Medical and sanitary report of the native army of Madras for the year
Year: 1876
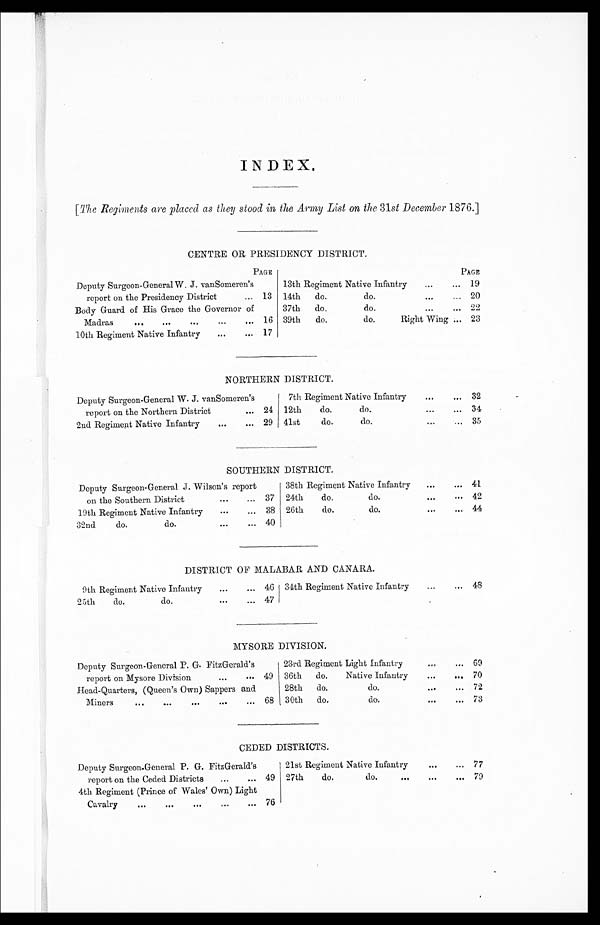
INDEX.
[ The Regiments are placed as they stood in the Army List on the 31st December 1876.]
CENTRE OR PRESIDENCY DISTRICT.
PAGE
PAGE
Deputy Surgeon-General W. J. vanSomeren’s
report on the Presidency District
... 13
13th Regiment Native Infantry ... ...
19
14th
do.
do. ...
...
20
Body Guard of His Grace the Governor of
Madras
...
...
...
... 16
37th
do.
do.
...
22
39th
do.
do.
Right Wing ... 23
10th Regiment Native Infantry
...
... 17
NORTHERN DISTRICT.
Deputy Surgeon-General W. J. vanSomeren’s
report on the Northern District
... 24
7th Regiment Native Infantry
...
... 32
12th
do.
do. ... ...
34
2nd Regiment Native Infantry
...
... 29
41st
do.
do.
...
... 35
SOUTHERN DISTRICT.
Deputy Surgeon-General J. Wilson’s report
on the Southern District
...
... 37
38th Regiment Native Infantry
...
... 41
24th
do.
do.
...
...
42
19th Regiment Native Infantry
...
... 38
26th
do.
do.
...
... 44
32nd
do.
do.
...
... 40
DISTRICT OF MALABAR AND CANARA.
9th Regiment Native Infantry
...
... 46 34th Regiment Native Infantry
...
... 48
25th
do.
do.
...
... 47
MYSORE DIVISION.
Deputy Surgeon-General P. G. FitzGerald’s
report on Mysore Division
...
... 49
23rd Regiment Light Infantry
... 69
36th
do.
Native Infantry
...
...
70
Head-Quarters, (Queen’s Own) Sappers and
Miners
...
...
...
...
...
68
28th
do.
do.
...
... 72
30th
do.
do.
...
... 73
CEDED DISTRICTS.
Deputy Surgeon-General P. G. FitzGerald’s
report on the Ceded Districts ... ...
49
21st Regiment Native Infantry
...
... 77
27th
do.
do.
...
...
...
79
4th Regiment (Prince of Wales’ Own) Light
Cavalry
...
...
...
...
...
76